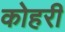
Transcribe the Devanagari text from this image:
कोहरी